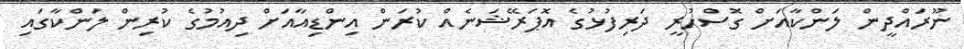
ނޫރައްދީން ލަންކާއަށް ގޮސްހުރީ ދަރިފުޅުގެ އޮޕަރޭޝަނެއް ކުރަން އިންޑިއާއަށް ދިއުމުގެ ކުރިން ލަންކާގައި